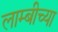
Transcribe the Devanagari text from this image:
लाम्बीच्या